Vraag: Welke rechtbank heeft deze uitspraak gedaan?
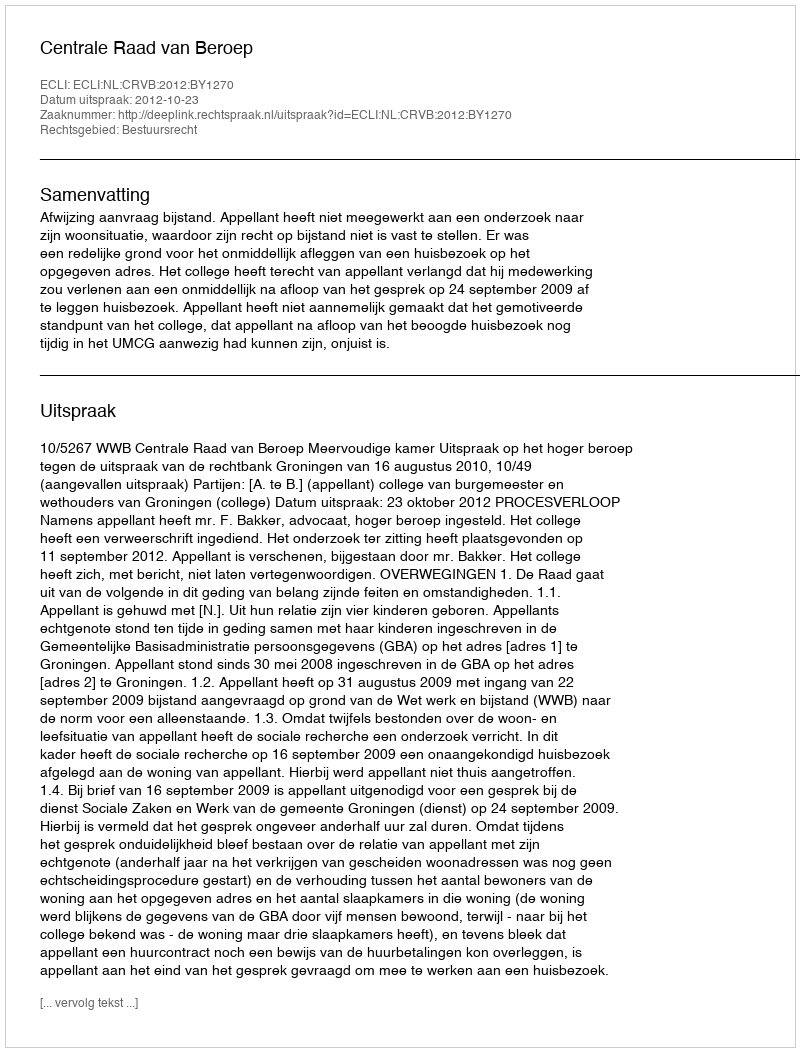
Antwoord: Centrale Raad van Beroep